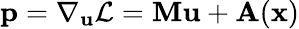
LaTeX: \mathbf{p}=\nabla_{\mathbf{u}}\mathcal{L}=\mathbf{M}\mathbf{u}+\mathbf{A}(\mathbf{x})